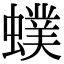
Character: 䗱